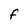
Character: F